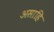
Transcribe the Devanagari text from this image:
असाहि